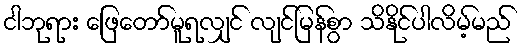
ငါဘုရား ဖြေတော်မူရလျှင် လျင်မြန်စွာ သိနိုင်ပါလိမ့်မည်